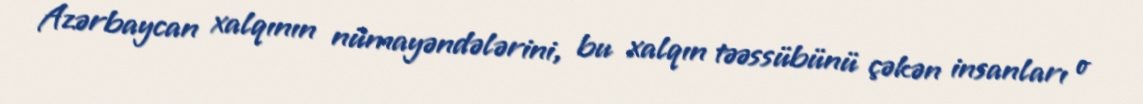
Azərbaycan xalqının nümayəndələrini, bu xalqın təəssübünü çəkən insanları o